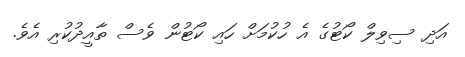
އަދި ސިވިލް ކޯޓުގެ އެ ހުކުމަށް ހައި ކޯޓުން ވެސް ތާއީދުކުރި އެވެ.